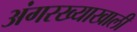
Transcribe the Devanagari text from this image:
अंगरख्याखाली